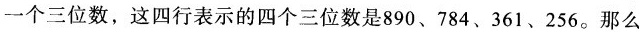
一个三位数，这四行表示的四个三位数是890、784、361、256。那么